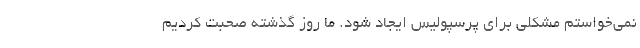
نمی‌خواستم مشکلی برای پرسپولیس ایجاد شود. ما روز گذشته صحبت کردیم